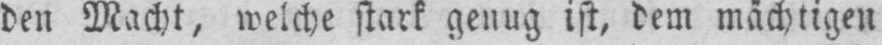
den Macht, welche stark genug ist, dem mächtigen